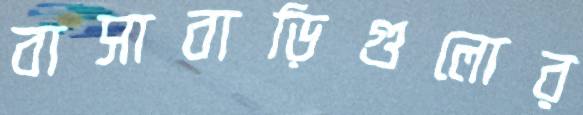
বাসাবাড়িগুলোর